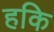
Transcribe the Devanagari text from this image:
हकि